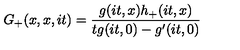
G _ { + } ( x , x , i t ) = \frac { g ( i t , x ) h _ { + } ( i t , x ) } { t g ( i t , 0 ) - g ^ { \prime } ( i t , 0 ) }